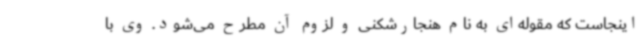
اینجاست که مقوله‌ای به نام هنجارشکنی و لزوم آن مطرح می‌شود. وی با